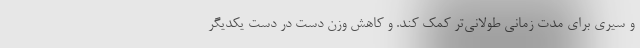
و سیری برای مدت زمانی طولانی‌تر کمک کند. و کاهش وزن دست در دست یکدیگر